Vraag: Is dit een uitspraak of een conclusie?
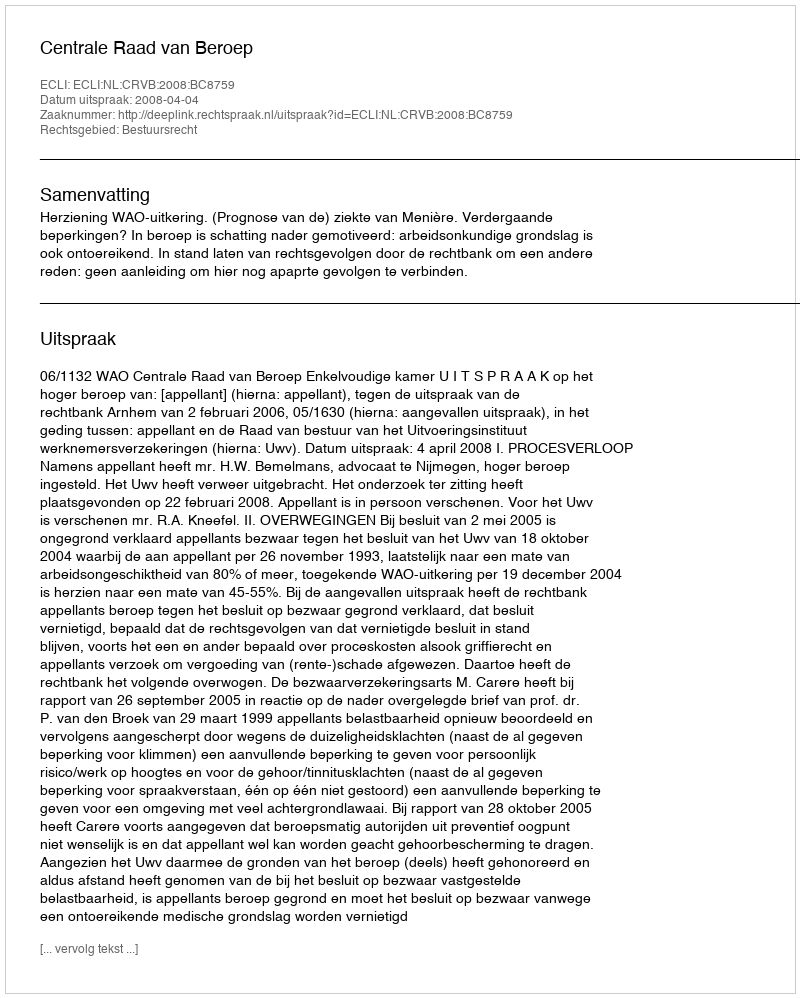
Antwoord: Uitspraak